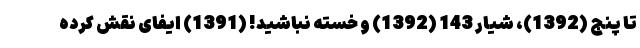
تا پنج (1392)، شیار 143 (1392) و خسته نباشید! (1391) ایفای نقش کرده